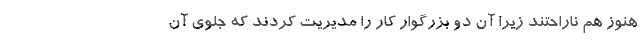
هنوز هم ناراحتند زیرا آن دو بزرگوار کار را مدیریت کردند که جلوی آن